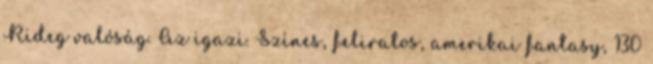
Rideg valóság. Az igazi. Színes, feliratos, amerikai fantasy, 130